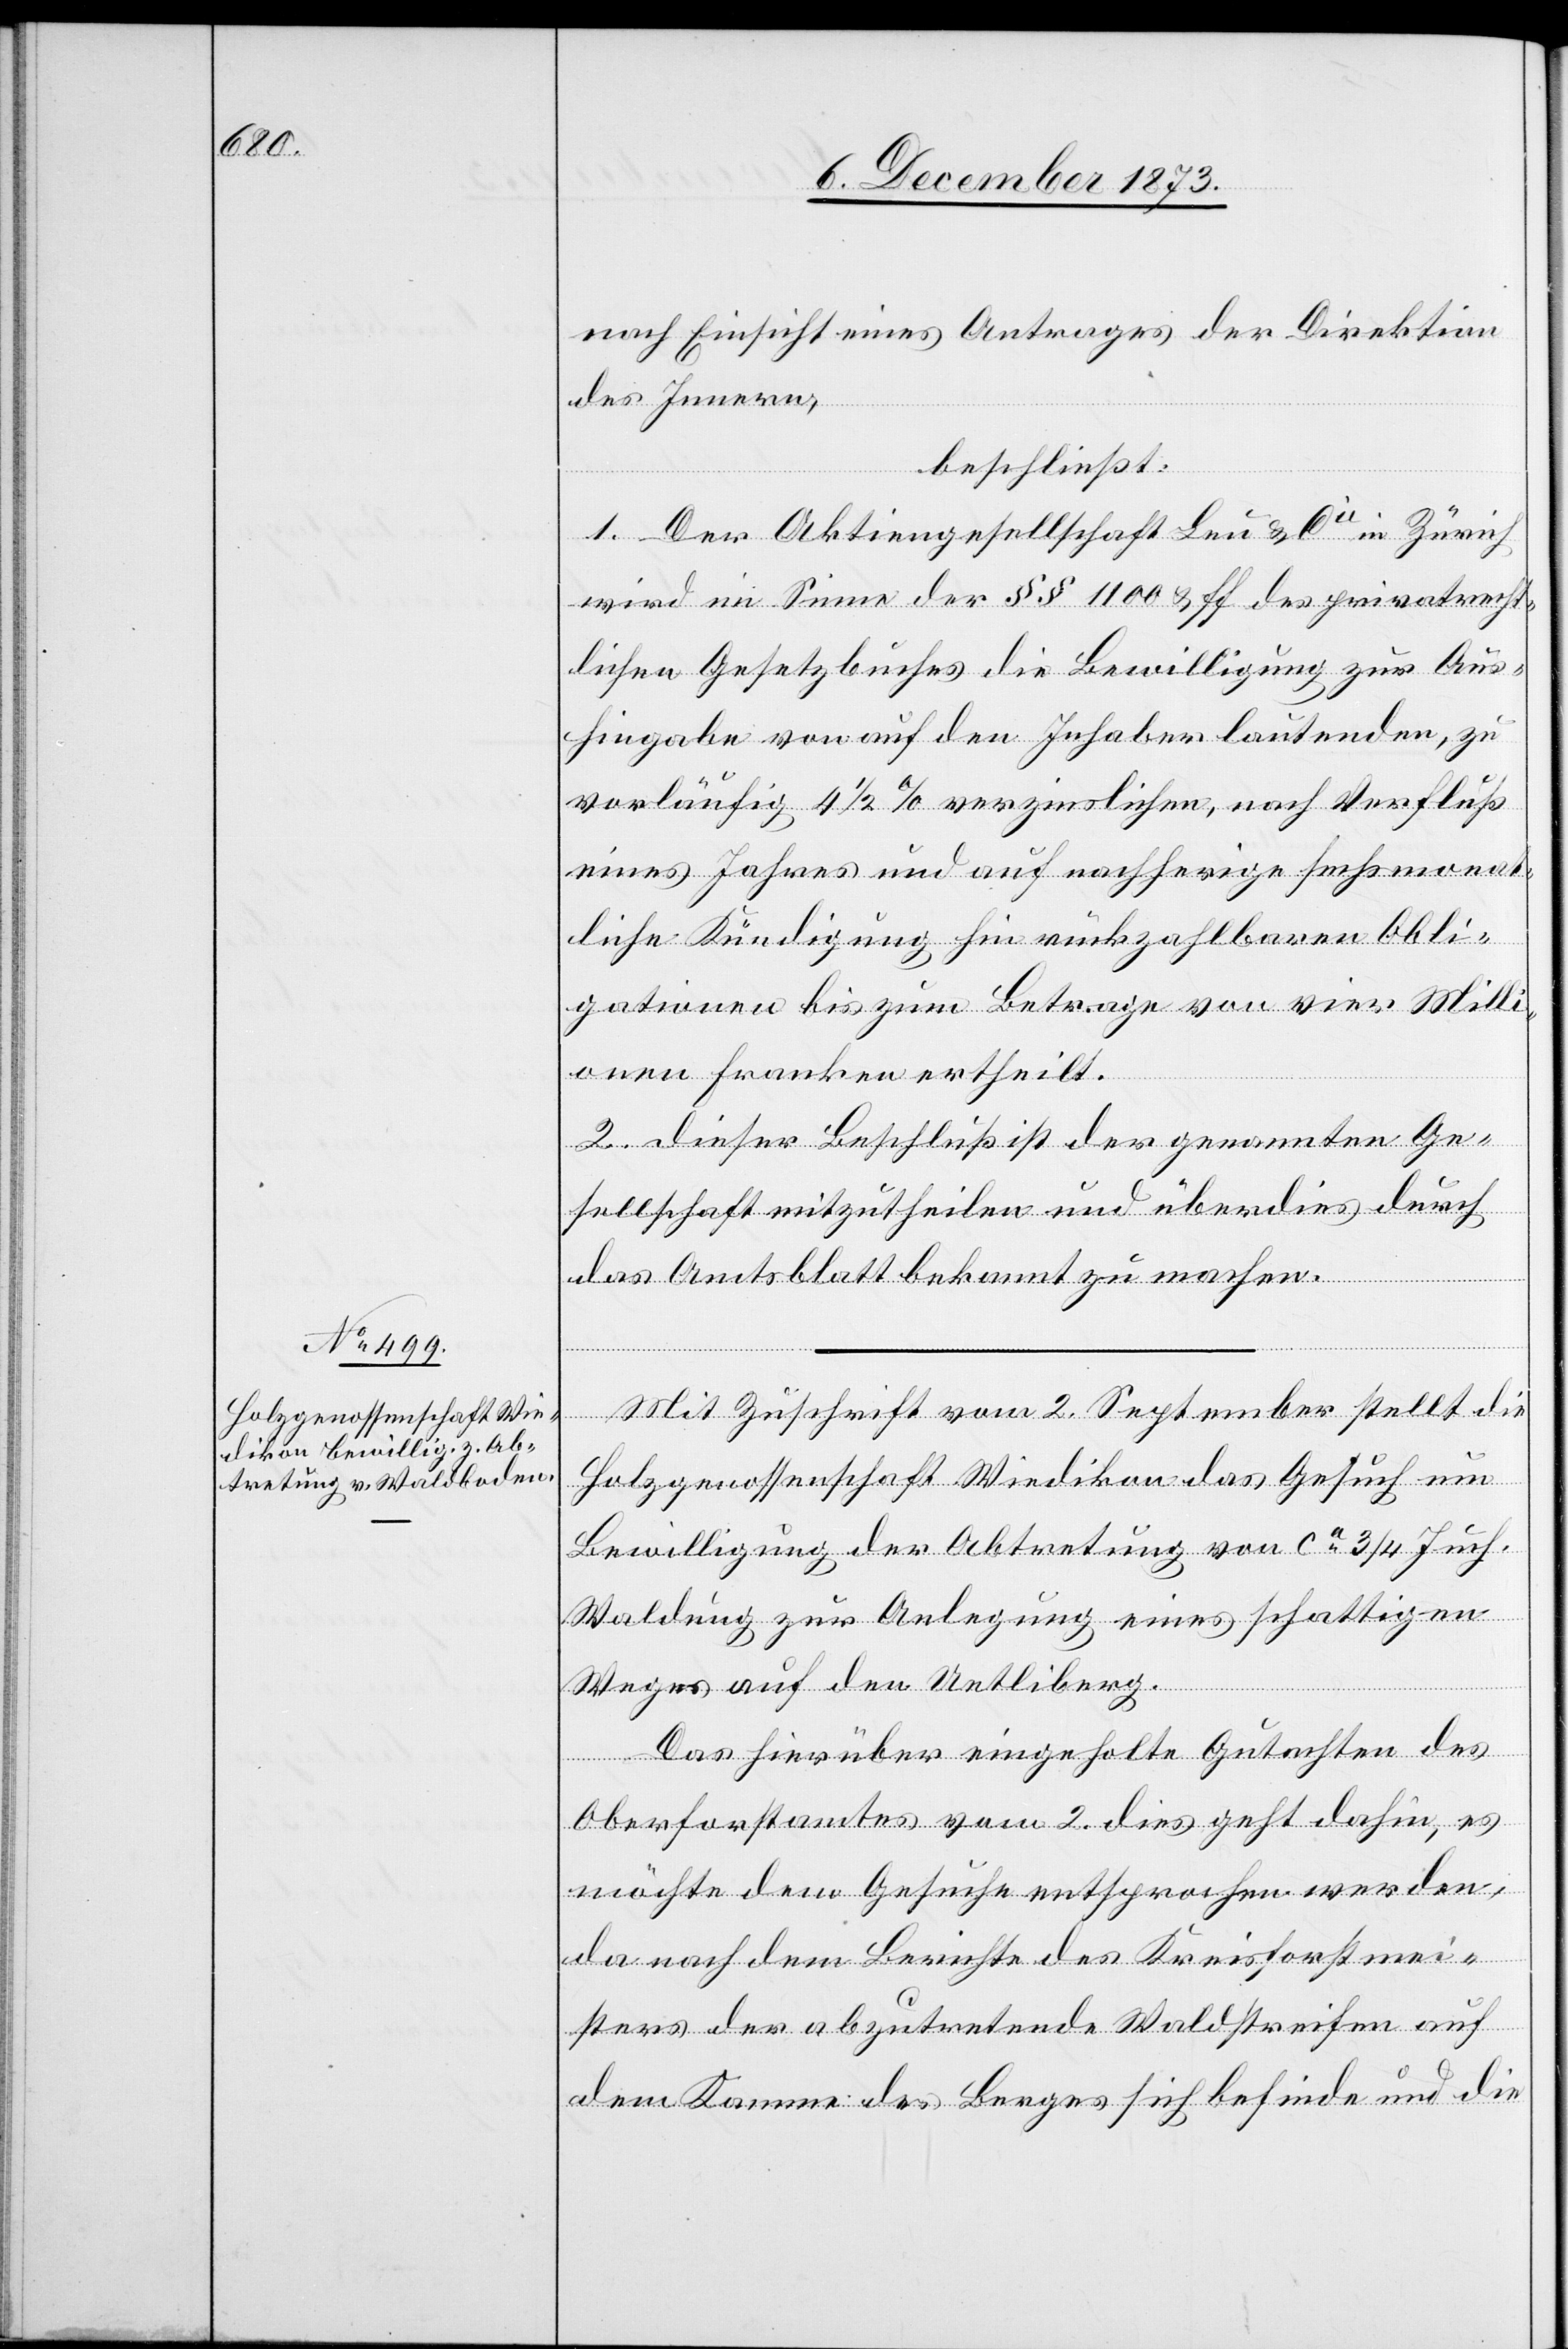
nach Einsicht eines Antrages der Direktion
des Innern,
beschließt:
1. Der Aktiengesellschaft Leu & Cie in Zürich
wird im Sinne der §§ 1 100 & ff des privatrecht¬
lichen Gesetzbuches die Bewilligung zur Aus¬
hingabe von auf den Inhaber lautenden, zu
vorläufig 4 1/2% verzinslichen, nach Verfluß
eines Jahres und auf nachherige sechsmonat¬
liche Kündigung hin rückzahlbaren Obli¬
gationen bis zum Betrage von vier Milli¬
onen Franken ertheilt.
2. Dieser Beschluß ist der genannten Ge¬
sellschaft mitzutheilen und überdies durch
das Amtsblatt bekannt zu machen.
Mit Zuschrift vom 2. September stellt die
Holzgenossenschaft Wiedikon das Gesuch um
Bewilligung der Abtretung von ca 3/4 Juch.
Waldung zur Anlegung eines schattigen
Weges auf den Uetliberg.
Das hierüber eingeholte Gutachten des
Oberforstamtes vom 2. dies geht dahin, es
möchte dem Gesuche entsprochen werden,
da nach dem Berichte des Kreisforstmei¬
sters der abzutretende Waldstreifen auf
dem Kamme des Berges sich befinde und die